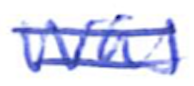
Text: was
Cross-out: double-line
Writing tool: ballpoint